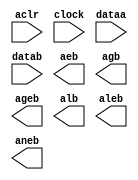
// megafunction wizard: %LPM_COMPARE%VBB%
// GENERATION: STANDARD
// VERSION: WM1.0
// MODULE: LPM_COMPARE 

// ============================================================
// Megafunction Name(s):
// 			LPM_COMPARE
//
// Simulation Library Files(s):
// 			lpm
// ============================================================
// ************************************************************
// THIS IS A WIZARD-GENERATED FILE. DO NOT EDIT THIS FILE!
//
// 13.0.1 Build 232 06/12/2013 SP 1 SJ Web Edition
// ************************************************************

//Copyright (C) 1991-2013 Altera Corporation
//Your use of Altera Corporation's design tools, logic functions 
//and other software and tools, and its AMPP partner logic 
//functions, and any output files from any of the foregoing 
//(including device programming or simulation files), and any 
//associated documentation or information are expressly subject 
//to the terms and conditions of the Altera Program License 
//Subscription Agreement, Altera MegaCore Function License 
//Agreement, or other applicable license agreement, including, 
//without limitation, that your use is for the sole purpose of 
//programming logic devices manufactured by Altera and sold by 
//Altera or its authorized distributors.  Please refer to the 
//applicable agreement for further details.

module lpm_compare2 (
	aclr,
	clock,
	dataa,
	datab,
	aeb,
	agb,
	ageb,
	alb,
	aleb,
	aneb);

	input	  aclr;
	input	  clock;
	input	[13:0]  dataa;
	input	[13:0]  datab;
	output	  aeb;
	output	  agb;
	output	  ageb;
	output	  alb;
	output	  aleb;
	output	  aneb;

endmodule

// ============================================================
// CNX file retrieval info
// ============================================================
// Retrieval info: PRIVATE: AeqB NUMERIC "1"
// Retrieval info: PRIVATE: AgeB NUMERIC "1"
// Retrieval info: PRIVATE: AgtB NUMERIC "1"
// Retrieval info: PRIVATE: AleB NUMERIC "1"
// Retrieval info: PRIVATE: AltB NUMERIC "1"
// Retrieval info: PRIVATE: AneB NUMERIC "1"
// Retrieval info: PRIVATE: INTENDED_DEVICE_FAMILY STRING "Cyclone II"
// Retrieval info: PRIVATE: LPM_PIPELINE NUMERIC "1"
// Retrieval info: PRIVATE: Latency NUMERIC "1"
// Retrieval info: PRIVATE: PortBValue NUMERIC "0"
// Retrieval info: PRIVATE: Radix NUMERIC "10"
// Retrieval info: PRIVATE: SYNTH_WRAPPER_GEN_POSTFIX STRING "0"
// Retrieval info: PRIVATE: SignedCompare NUMERIC "0"
// Retrieval info: PRIVATE: aclr NUMERIC "1"
// Retrieval info: PRIVATE: clken NUMERIC "0"
// Retrieval info: PRIVATE: isPortBConstant NUMERIC "0"
// Retrieval info: PRIVATE: nBit NUMERIC "14"
// Retrieval info: PRIVATE: new_diagram STRING "1"
// Retrieval info: LIBRARY: lpm lpm.lpm_components.all
// Retrieval info: CONSTANT: LPM_PIPELINE NUMERIC "1"
// Retrieval info: CONSTANT: LPM_REPRESENTATION STRING "UNSIGNED"
// Retrieval info: CONSTANT: LPM_TYPE STRING "LPM_COMPARE"
// Retrieval info: CONSTANT: LPM_WIDTH NUMERIC "14"
// Retrieval info: USED_PORT: aclr 0 0 0 0 INPUT NODEFVAL "aclr"
// Retrieval info: USED_PORT: aeb 0 0 0 0 OUTPUT NODEFVAL "aeb"
// Retrieval info: USED_PORT: agb 0 0 0 0 OUTPUT NODEFVAL "agb"
// Retrieval info: USED_PORT: ageb 0 0 0 0 OUTPUT NODEFVAL "ageb"
// Retrieval info: USED_PORT: alb 0 0 0 0 OUTPUT NODEFVAL "alb"
// Retrieval info: USED_PORT: aleb 0 0 0 0 OUTPUT NODEFVAL "aleb"
// Retrieval info: USED_PORT: aneb 0 0 0 0 OUTPUT NODEFVAL "aneb"
// Retrieval info: USED_PORT: clock 0 0 0 0 INPUT NODEFVAL "clock"
// Retrieval info: USED_PORT: dataa 0 0 14 0 INPUT NODEFVAL "dataa[13..0]"
// Retrieval info: USED_PORT: datab 0 0 14 0 INPUT NODEFVAL "datab[13..0]"
// Retrieval info: CONNECT: @aclr 0 0 0 0 aclr 0 0 0 0
// Retrieval info: CONNECT: @clock 0 0 0 0 clock 0 0 0 0
// Retrieval info: CONNECT: @dataa 0 0 14 0 dataa 0 0 14 0
// Retrieval info: CONNECT: @datab 0 0 14 0 datab 0 0 14 0
// Retrieval info: CONNECT: aeb 0 0 0 0 @aeb 0 0 0 0
// Retrieval info: CONNECT: agb 0 0 0 0 @agb 0 0 0 0
// Retrieval info: CONNECT: ageb 0 0 0 0 @ageb 0 0 0 0
// Retrieval info: CONNECT: alb 0 0 0 0 @alb 0 0 0 0
// Retrieval info: CONNECT: aleb 0 0 0 0 @aleb 0 0 0 0
// Retrieval info: CONNECT: aneb 0 0 0 0 @aneb 0 0 0 0
// Retrieval info: GEN_FILE: TYPE_NORMAL lpm_compare2.v TRUE
// Retrieval info: GEN_FILE: TYPE_NORMAL lpm_compare2.inc FALSE
// Retrieval info: GEN_FILE: TYPE_NORMAL lpm_compare2.cmp FALSE
// Retrieval info: GEN_FILE: TYPE_NORMAL lpm_compare2.bsf TRUE FALSE
// Retrieval info: GEN_FILE: TYPE_NORMAL lpm_compare2_inst.v FALSE
// Retrieval info: GEN_FILE: TYPE_NORMAL lpm_compare2_bb.v TRUE
// Retrieval info: LIB_FILE: lpm